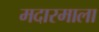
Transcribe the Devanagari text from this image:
मदारमाला